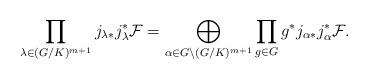
LaTeX: \begin{align*} \prod_{\lambda\in (G/K)^{m+1}}j_{\lambda*}j_\lambda^*\mathcal{F} =\bigoplus_{\alpha\in G\backslash(G/K)^{m+1}}\prod_{g\in G}g^*j_{\alpha*}j_\alpha^*\mathcal{F}. \end{align*}